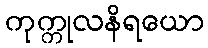
ကုက္ကုလနိရယော